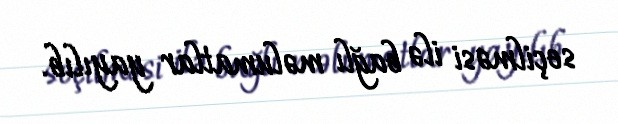
seçilməsi ilə bağlı məlumatlar yayılıb.